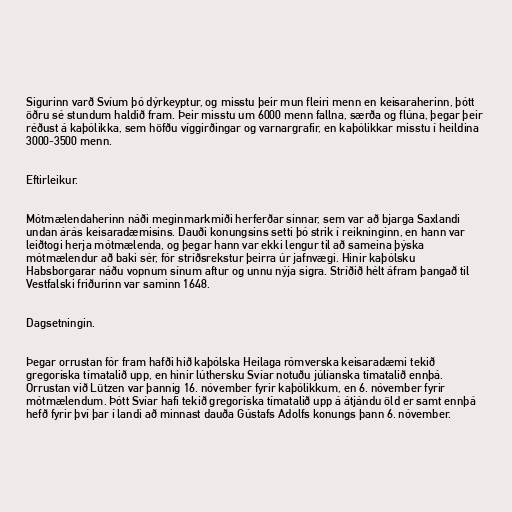
Sigurinn varð Svíum þó dýrkeyptur, og misstu þeir mun fleiri menn en keisaraherinn, þótt
öðru sé stundum haldið fram. Þeir misstu um 6000 menn fallna, særða og flúna, þegar þeir
réðust á kaþólikka, sem höfðu víggirðingar og varnargrafir, en kaþólikkar misstu í heildina
3000-3500 menn.

Eftirleikur.

Mótmælendaherinn náði meginmarkmiði herferðar sinnar, sem var að bjarga Saxlandi
undan árás keisaradæmisins. Dauði konungsins setti þó strik í reikninginn, en hann var
leiðtogi herja mótmælenda, og þegar hann var ekki lengur til að sameina þýska
mótmælendur að baki sér, fór stríðsrekstur þeirra úr jafnvægi. Hinir kaþólsku
Habsborgarar náðu vopnum sínum aftur og unnu nýja sigra. Stríðið hélt áfram þangað til
Vestfalski friðurinn var saminn 1648.

Dagsetningin.

Þegar orrustan fór fram hafði hið kaþólska Heilaga rómverska keisaradæmi tekið
gregoríska tímatalið upp, en hinir lúthersku Svíar notuðu júlíanska tímatalið ennþá.
Orrustan við Lützen var þannig 16. nóvember fyrir kaþólikkum, en 6. nóvember fyrir
mótmælendum. Þótt Svíar hafi tekið gregoríska tímatalið upp á átjándu öld er samt ennþá
hefð fyrir því þar í landi að minnast dauða Gústafs Adolfs konungs þann 6. nóvember.